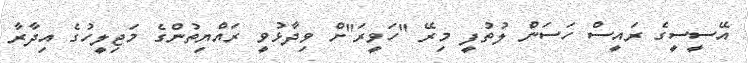
އޭސީސީގެ ރައީސް ހަސަން ލުތުފީ މިރޭ "ހަވީރަ"ށް ވިދާޅުވީ ރައްޔިތުންގެ މަޖިލީހުގެ އިދާރާ